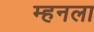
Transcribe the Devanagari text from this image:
म्हनला